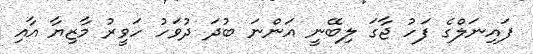
ފައިނަލްގެ ފަހު ޖާގަ ލިބޭނީ އަންނަ ބުދަ ދުވަހު ހަވީރު މާޒިޔާ އާއި